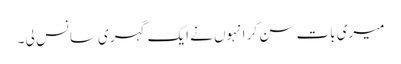
میری بات سن کر انہوں نے ایک گہری سانس لی ۔